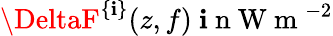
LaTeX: \DeltaF^{\{ \mathbf{i}\} }(z,f)\mathrm{{~\mathbf{i}~n~W~m~}}^{-2}